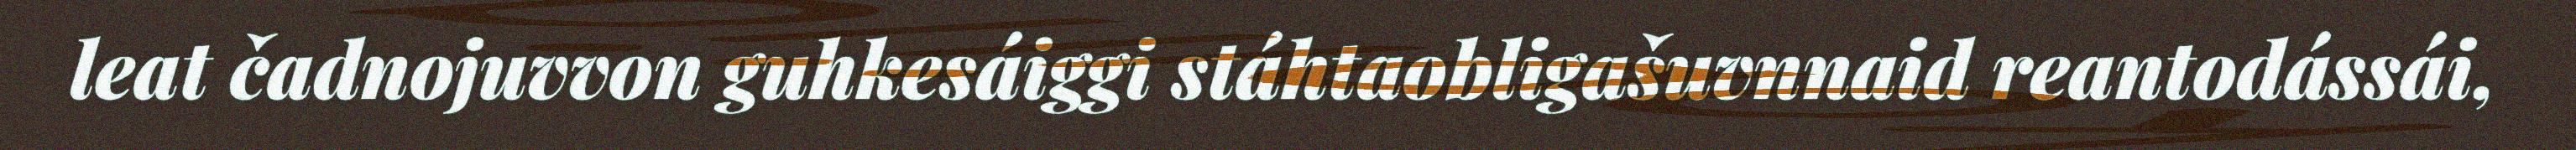
leat čadnojuvvon guhkesáiggi stáhtaobligašuvnnaid reantodássái,